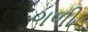
ગળી